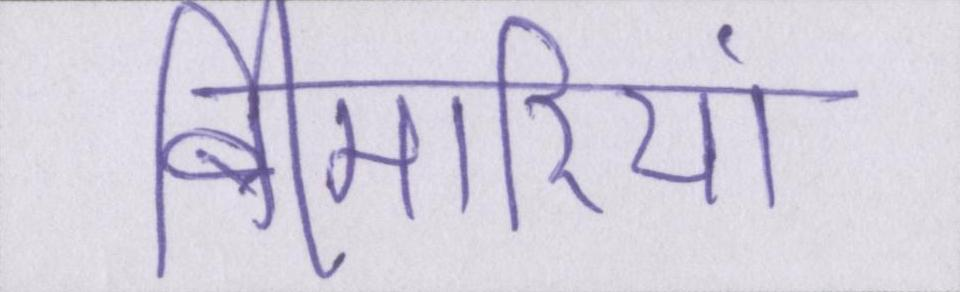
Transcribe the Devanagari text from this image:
बीमारियां